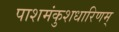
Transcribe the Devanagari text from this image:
पाशमंकुशधारिणम्